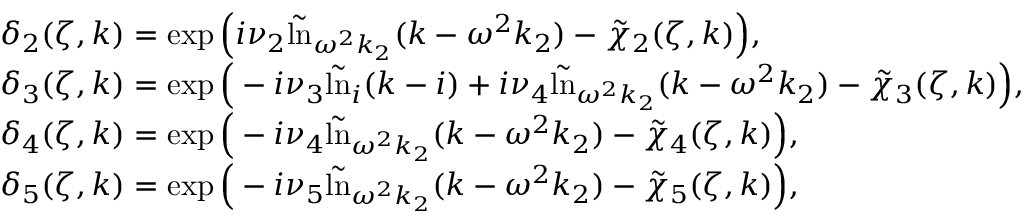
\begin{array} { r l } & { \delta _ { 2 } ( \zeta , k ) = \exp \Big ( i \nu _ { 2 } \tilde { \ln } _ { \omega ^ { 2 } k _ { 2 } } ( k - \omega ^ { 2 } k _ { 2 } ) - \tilde { \chi } _ { 2 } ( \zeta , k ) \Big ) , } \\ & { \delta _ { 3 } ( \zeta , k ) = \exp \Big ( - i \nu _ { 3 } \tilde { \ln } _ { i } ( k - i ) + i \nu _ { 4 } \tilde { \ln } _ { \omega ^ { 2 } k _ { 2 } } ( k - \omega ^ { 2 } k _ { 2 } ) - \tilde { \chi } _ { 3 } ( \zeta , k ) \Big ) , } \\ & { \delta _ { 4 } ( \zeta , k ) = \exp \Big ( - i \nu _ { 4 } \tilde { \ln } _ { \omega ^ { 2 } k _ { 2 } } ( k - \omega ^ { 2 } k _ { 2 } ) - \tilde { \chi } _ { 4 } ( \zeta , k ) \Big ) , } \\ & { \delta _ { 5 } ( \zeta , k ) = \exp \Big ( - i \nu _ { 5 } \tilde { \ln } _ { \omega ^ { 2 } k _ { 2 } } ( k - \omega ^ { 2 } k _ { 2 } ) - \tilde { \chi } _ { 5 } ( \zeta , k ) \Big ) , } \end{array}